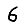
Digit: 6